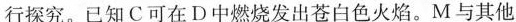
行探究。已知C可在D中燃烧发出苍白色火焰。M与其他